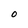
Character: O